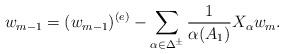
LaTeX: \begin{align*} w_{m-1} = (w_{m-1})^{(e)} - \sum_ {\alpha \in \Delta^{\pm}} \frac{1}{\alpha(A_1)} X_{\alpha} w_{m}.\end{align*}